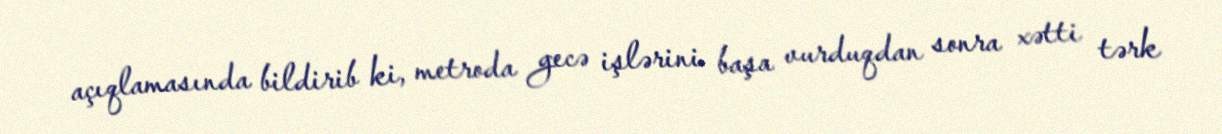
açıqlamasında bildirib ki, metroda gecə işlərini başa vurduqdan sonra xətti tərk